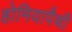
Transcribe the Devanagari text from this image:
होमियापैथी